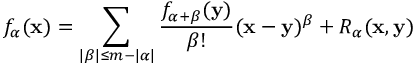
f _ { \alpha } ( { \mathbf { x } } ) = \sum _ { | \beta | \leq m - | \alpha | } { \frac { f _ { \alpha + \beta } ( { \mathbf { y } } ) } { \beta ! } } ( { \mathbf { x } } - { \mathbf { y } } ) ^ { \beta } + R _ { \alpha } ( { \mathbf { x } } , { \mathbf { y } } )